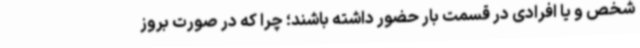
شخص و یا افرادی در قسمت بار حضور داشته باشند؛ چرا که در صورت بروز